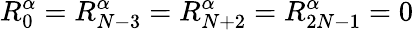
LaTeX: R_{0}^{\alpha}=R_{N-3}^{\alpha}=R_{N+2}^{\alpha}=R_{2N-1}^{\alpha}=0